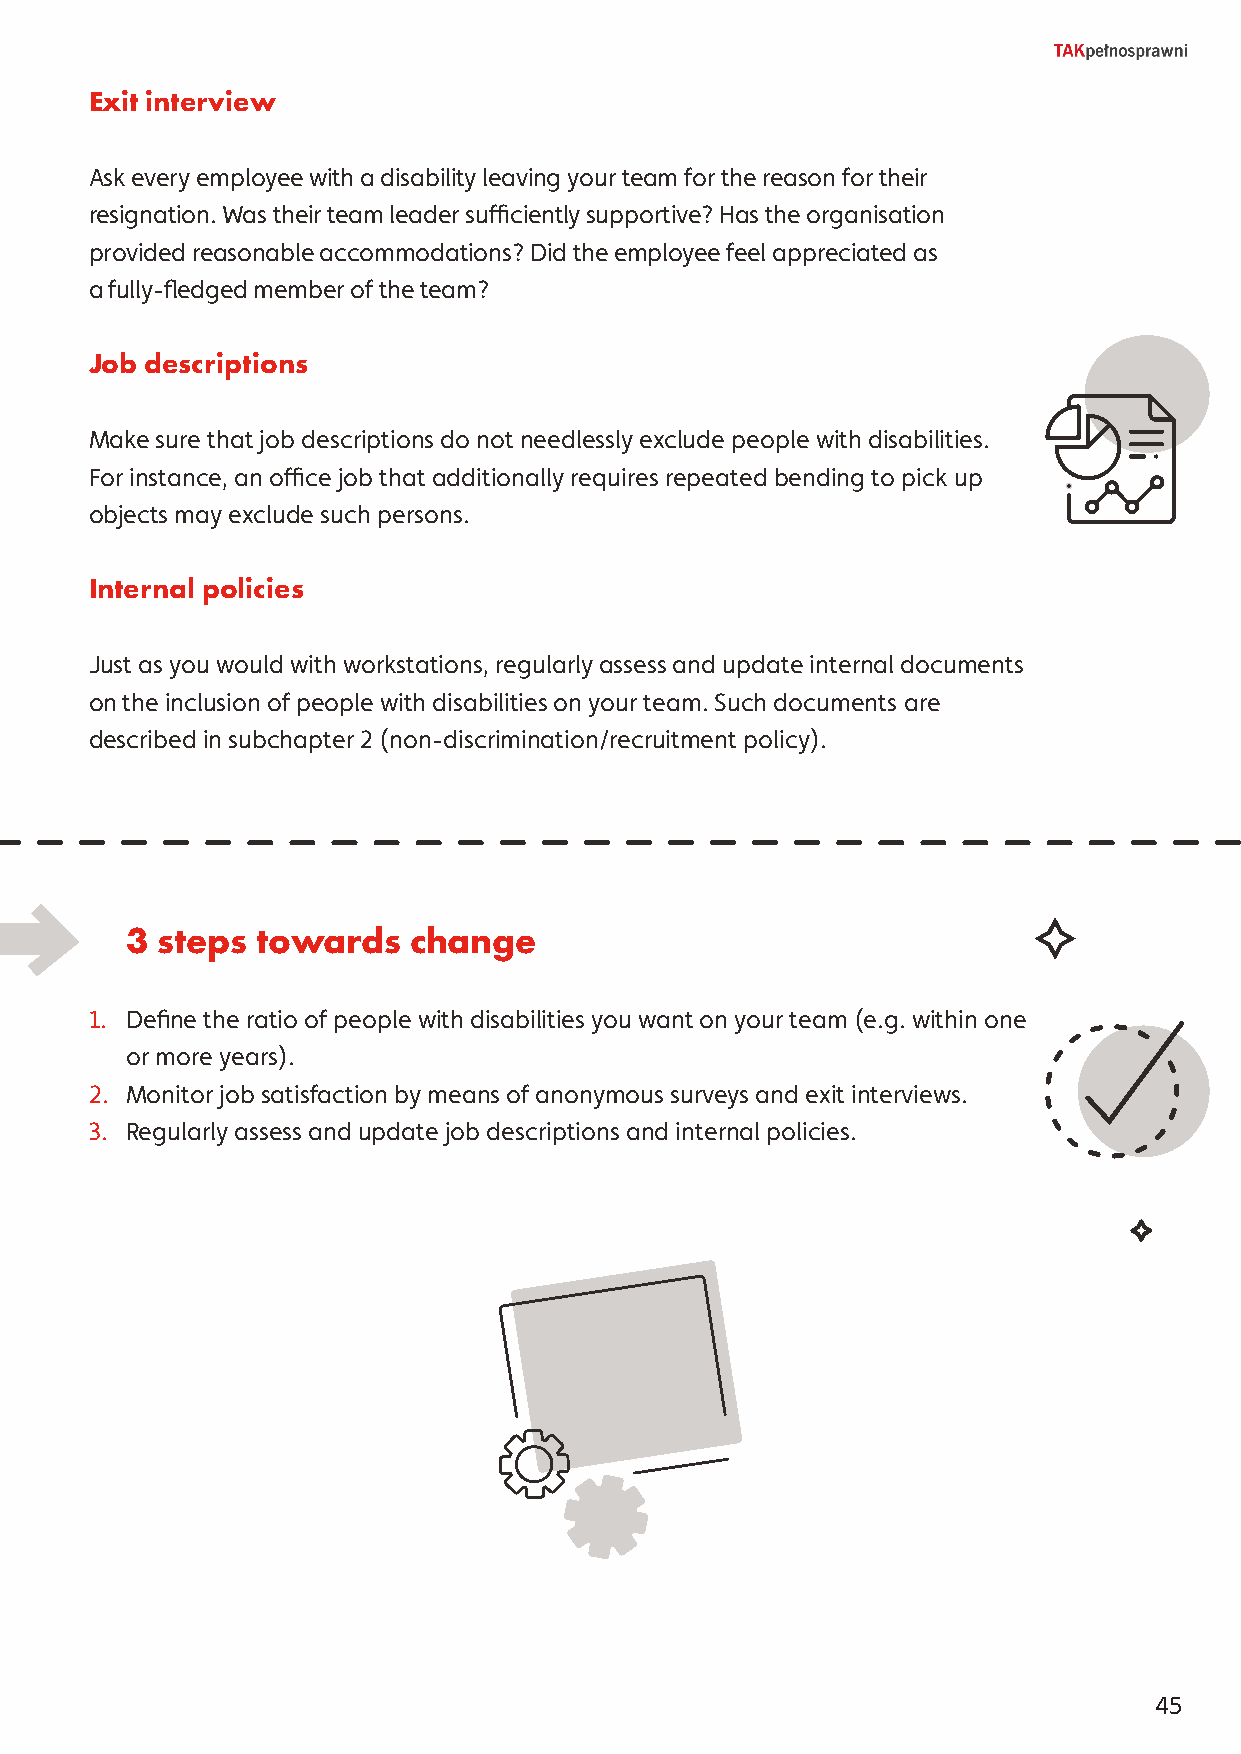
Exit interview
 Ask every employee with a disability leaving your team for the reason for their
 resignation. Was their team leader sufficiently supportive? Has the organisation
 provided reasonable accommodations? Did the employee feel appreciated as
 a fully-fledged member of the team?
 Job descriptions
 Make sure that job descriptions do not needlessly exclude people with disabilities.
 For instance, an office job that additionally requires repeated bending to pick up
 objects may exclude such persons.
 Internal policies
 Just as you would with workstations, regularly assess and update internal documents
 on the inclusion of people with disabilities on your team. Such documents are
 described in subchapter 2 (non-discrimination/recruitment policy).
 3 steps  towards   change
 1. Define the ratio of people with disabilities you want on your team (e.g. within one
 or more years).
 2. Monitor job satisfaction by means of anonymous surveys and exit interviews.
 3. Regularly assess and update job descriptions and internal policies.
 45